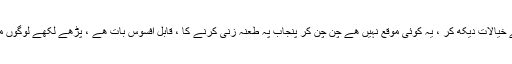
مجھے بہت افسوس ہو رہا ھے مہوش صاحبہ کے خیالات دیکھ کر ، یہ کوئی موقع نہیں ھے چن چن کر پنجاب پہ طعنہ زنی کرنے کا ، قابل افسوس بات ھے ، پڑھے لکھے لوگوں میں اگر یہ رویہ رہا تو ملک کا اللہ ہی حافظ‌ ھے ۔